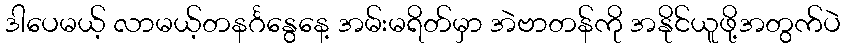
ဒါပေမယ့် လာမယ့်တနင်္ဂနွေနေ့ အမ်းမရိတ်မှာ အဲဗာတန်ကို အနိုင်ယူဖို့အတွက်ပဲ